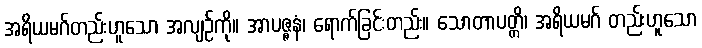
အရိယမဂ်တည်းဟူသော အလျဉ်ကို။ အာပဇ္ဇနံ၊ ရောက်ခြင်းတည်း။ သောတာပတ္တိ၊ အရိယမဂ် တည်းဟူသော